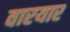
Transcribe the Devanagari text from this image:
वारयार